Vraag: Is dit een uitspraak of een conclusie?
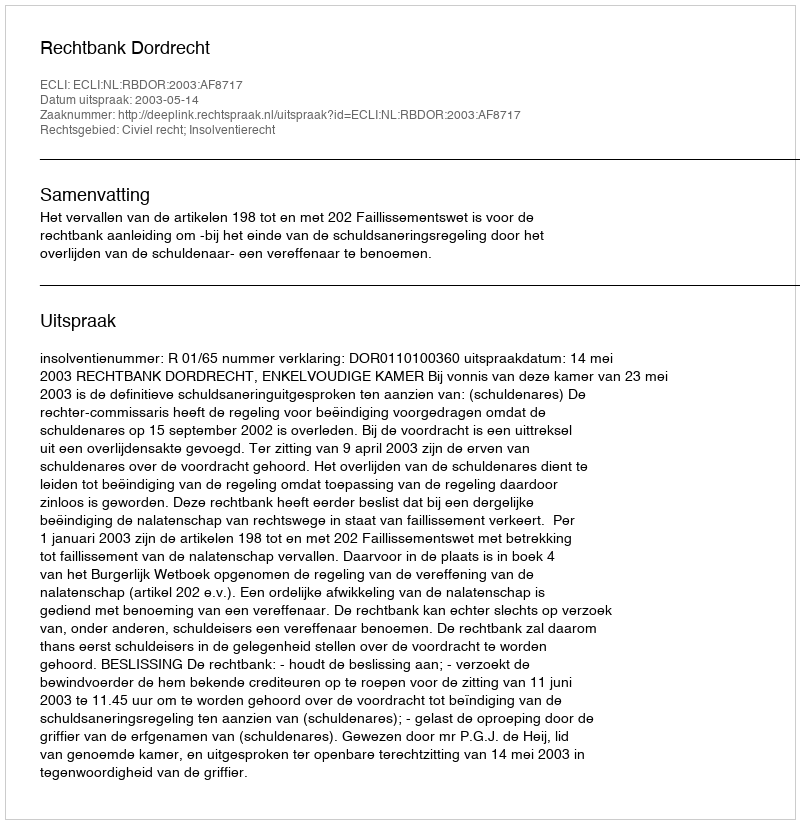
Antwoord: Uitspraak